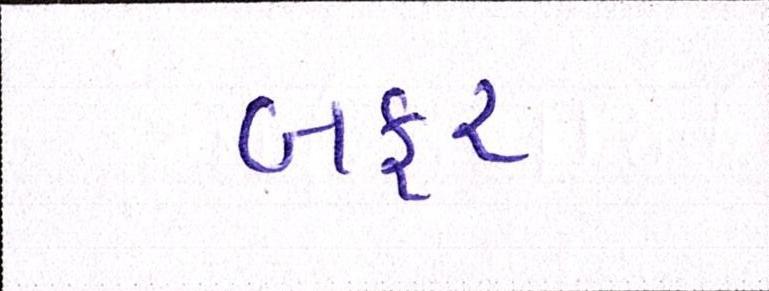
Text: બફર